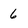
Character: 6